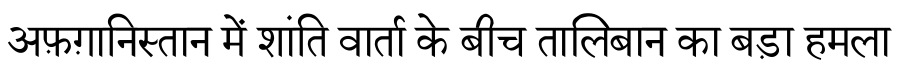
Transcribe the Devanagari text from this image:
अफ़ग़ानिस्तान में शांति वार्ता के बीच तालिबान का बड़ा हमला